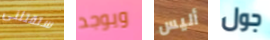
ستقتلنى ويوجد أليس جول